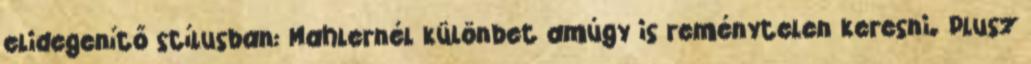
elidegenítő stílusban: Mahlernél különbet amúgy is reménytelen keresni. Plusz